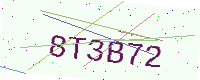
Text: 8T3B72